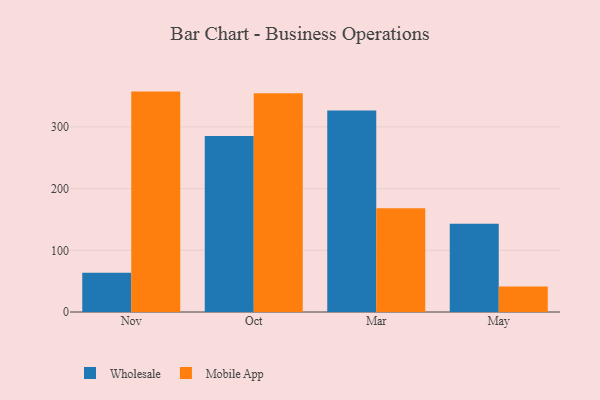
{"axis": {"x": "Month", "y": "Website Visitors"}, "legend": ["Mobile App", "Wholesale"], "data": [{"x": "Nov", "y": 63.6, "type": "Wholesale"}, {"x": "Nov", "y": 357.2, "type": "Mobile App"}, {"x": "Oct", "y": 285.4, "type": "Wholesale"}, {"x": "Oct", "y": 354.4, "type": "Mobile App"}, {"x": "Mar", "y": 326.7, "type": "Wholesale"}, {"x": "Mar", "y": 168.2, "type": "Mobile App"}, {"x": "May", "y": 143.0, "type": "Wholesale"}, {"x": "May", "y": 41.3, "type": "Mobile App"}]}